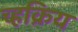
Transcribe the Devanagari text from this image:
च्हक्रिय